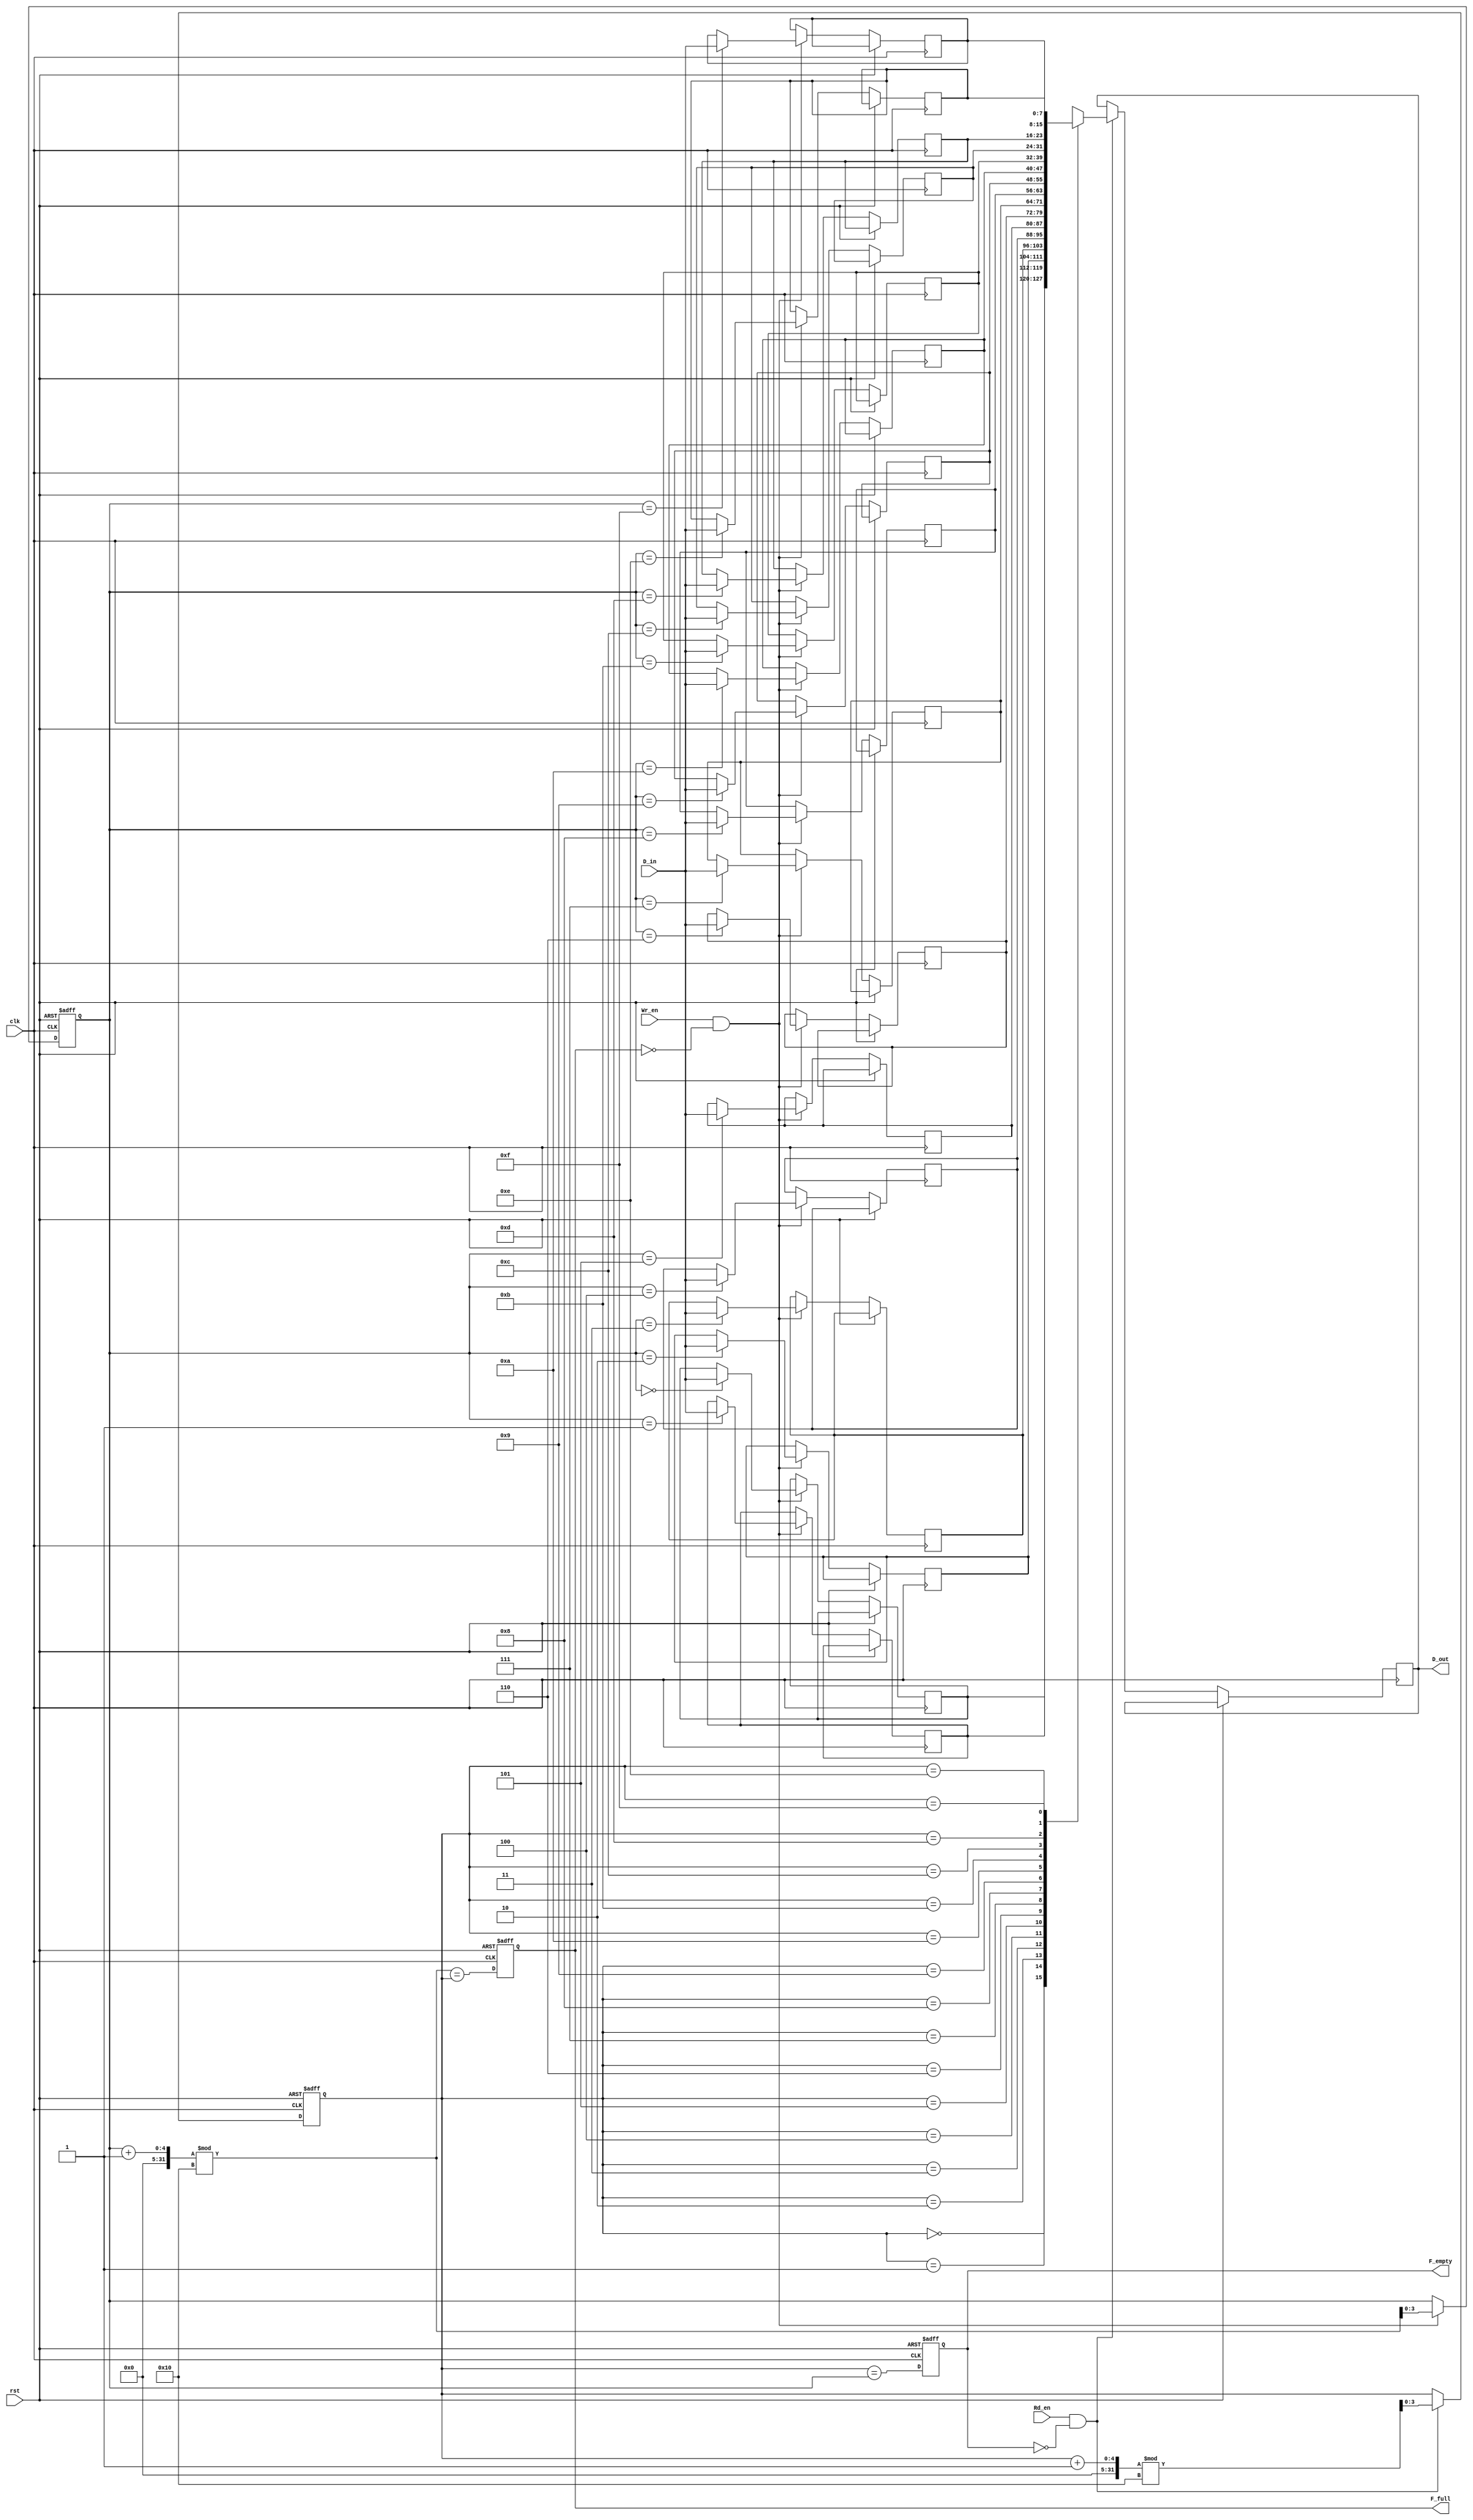
module fifo_sram #(
    parameter DEPTH = 16,  // Number of entries in the FIFO
    parameter WIDTH = 8    // Width of each entry in bits
)(
    input wire clk,         // Clock signal
    input wire rst,         // Reset signal
    input wire [WIDTH-1:0] D_in,  // Data input
    input wire Wr_en,       // Write enable signal
    input wire Rd_en,       // Read enable signal
    output reg [WIDTH-1:0] D_out, // Data output
    output reg F_full,      // Full flag
    output reg F_empty      // Empty flag
);

    // Memory array
    reg [WIDTH-1:0] mem [0:DEPTH-1];

    // Write and read pointers
    reg [3:0] WPtr; // Assuming DEPTH <= 16
    reg [3:0] RPtr; // Assuming DEPTH <= 16

    // Initialize pointers and flags
    always @(posedge clk or posedge rst) begin
        if (rst) begin
            WPtr <= 0;
            RPtr <= 0;
            F_full <= 0;
            F_empty <= 1;
        end else begin
            // Write operation
            if (Wr_en && !F_full) begin
                mem[WPtr] <= D_in; // Write data to memory
                WPtr <= (WPtr + 1) % DEPTH; // Increment write pointer
            end

            // Read operation
            if (Rd_en && !F_empty) begin
                D_out <= mem[RPtr]; // Read data from memory
                RPtr <= (RPtr + 1) % DEPTH; // Increment read pointer
            end

            // Update flags
            F_full <= (WPtr + 1) % DEPTH == RPtr; // Full if incremented WPtr equals RPtr
            F_empty <= (RPtr == WPtr); // Empty if RPtr equals WPtr
        end
    end

endmodule